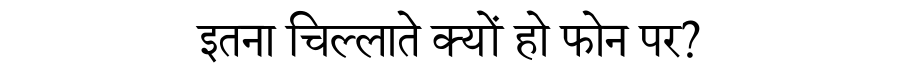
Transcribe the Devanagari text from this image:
इतना चिल्लाते क्यों हो फोन पर?